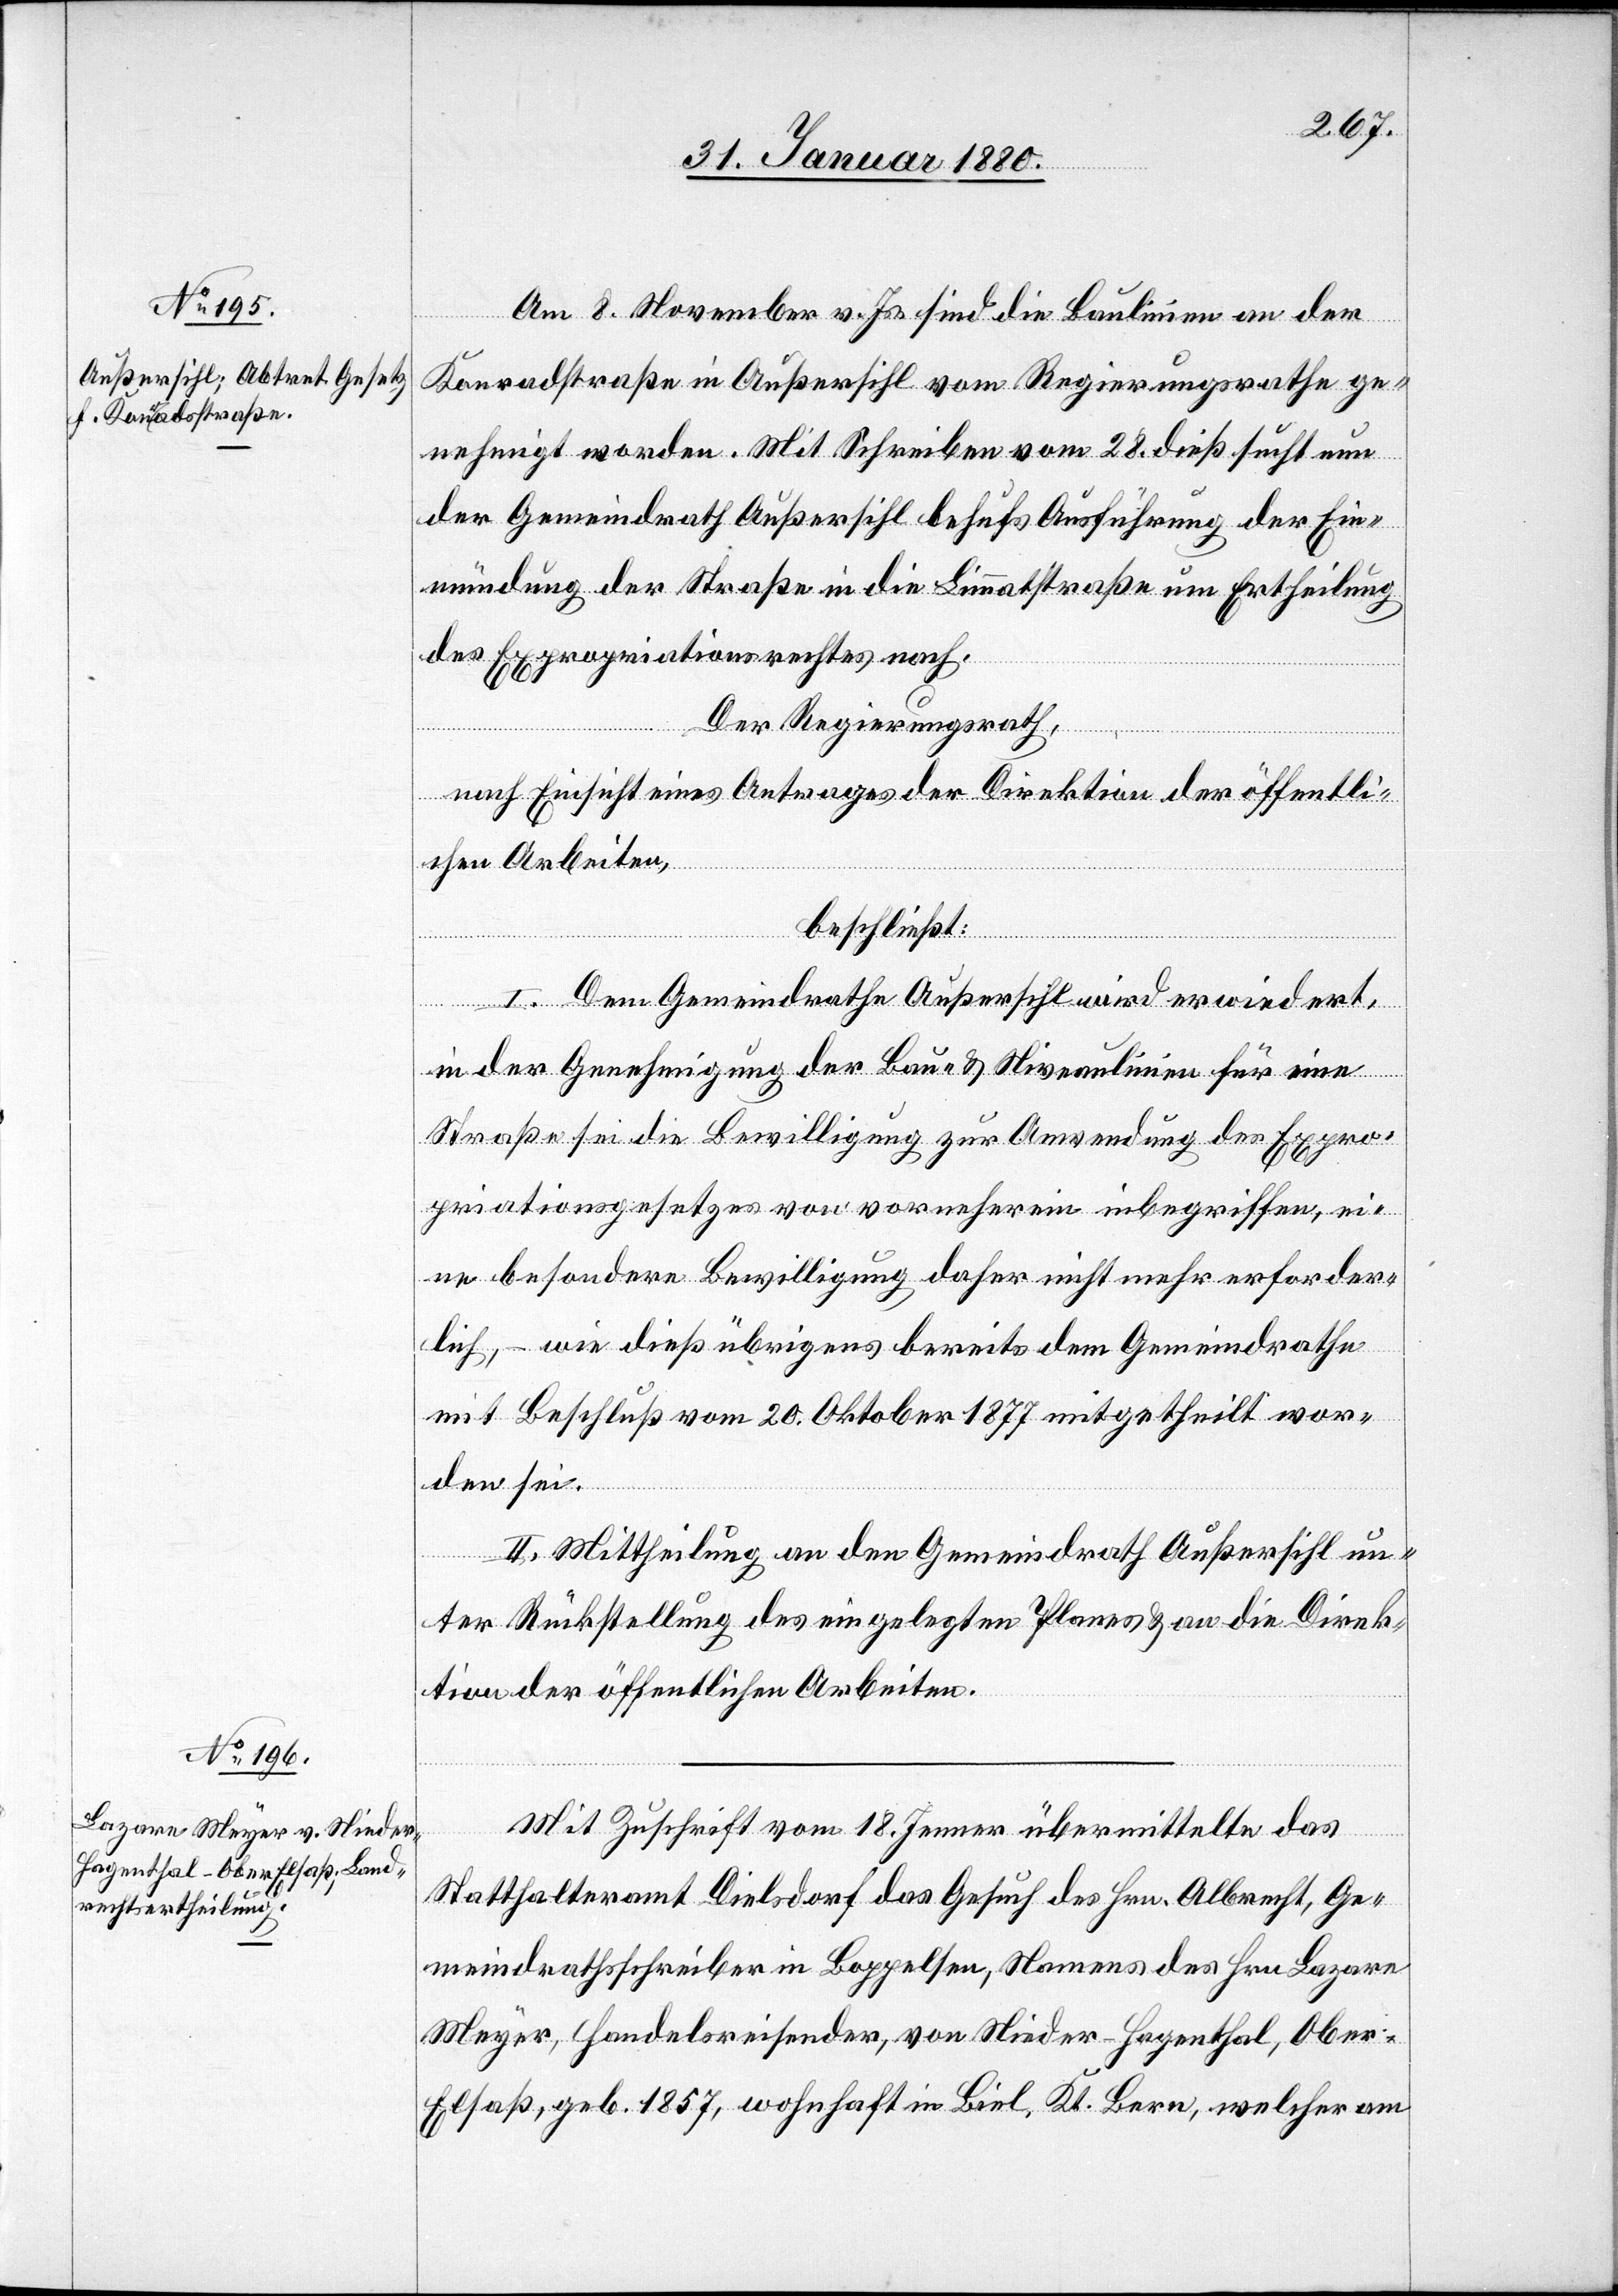
Am 8. November v. Js. sind die Baulinien an der
Konradstraße in Außersihl vom Regierungsrathe ge¬
nehmigt worden. Mit Schreiben vom 28. dieß sucht nun
der Gemeindrath Außersihl behufs Ausführung der Ein¬
mündung der Straße in die Limmatstraße um Ertheilung
des Expropriationsrechtes nach.
Der Regierungsrath,
nach Einsicht eines Antrages der Direktion der öffentli¬
chen Arbeiten,
beschließt:
I. Dem Gemeindrathe Außersihl wird erwiedert,
in der Genehmigung der Bau- & Niveaulinien für eine
Straße sei die Bewilligung zur Anwendung des Expro¬
priationsgesetzes von vornherein inbegriffen, ei¬
ne besondere Bewilligung daher nicht mehr erforder¬
lich, – wie dieß übrigens bereits dem Gemeindrathe
mit Beschluß vom 20. Oktober 1877 mitgetheilt wor¬
den sei.
II. Mittheilung an den Gemeindrath Außersihl un¬
ter Rückstellung des eingelegten Planes & an die Direk¬
tion der öffentlichen Arbeiten.
Mit Zuschrift vom 18. Jenner übermittelte das
Statthalteramt Dielsdorf das Gesuch des Hrn. Albrecht, Ge¬
meindrathsschreiber in Boppelsen, Namens des Hrn. Lazare
Meyer, Handelsrichter, von Nieder-Hagenthal, Ober-E¬
lsaß, geb. 1857, wohnhaft in Biel, Kt. Bern, welcher am